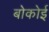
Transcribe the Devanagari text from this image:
बोकोई